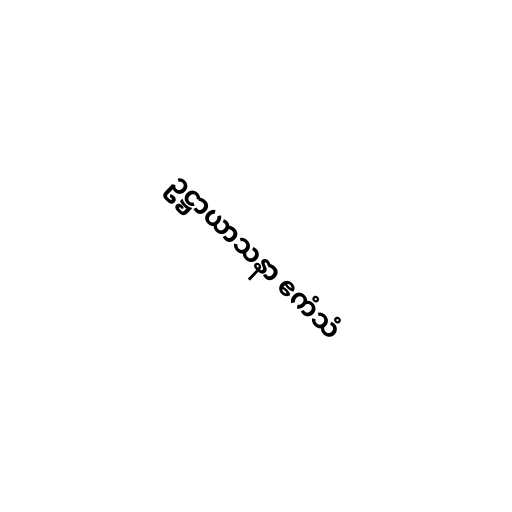
ဥဋ္ဌာယာသနာ ဧကံသံ